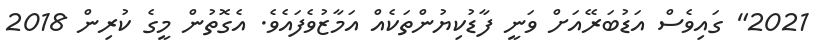
2021" ގައިވެސް އަޑުބަރޭއަށް ވަނީ ފާޑުކިޔުންތަކެއް އަމާޒުވެފައެވެ. އެގޮތުން މީގެ ކުރިން 2018